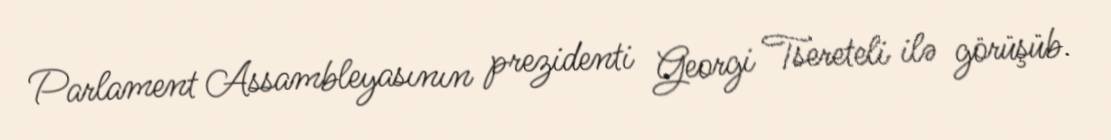
Parlament Assambleyasının prezidenti Georgi Tsereteli ilə görüşüb.